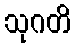
သုဂတိ